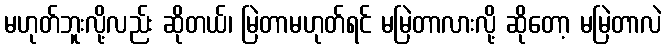
မဟုတ်ဘူးလို့လည်း ဆိုတယ်၊ မြဲတာမဟုတ်ရင် မမြဲတာလားလို့ ဆိုတော့ မမြဲတာလဲ